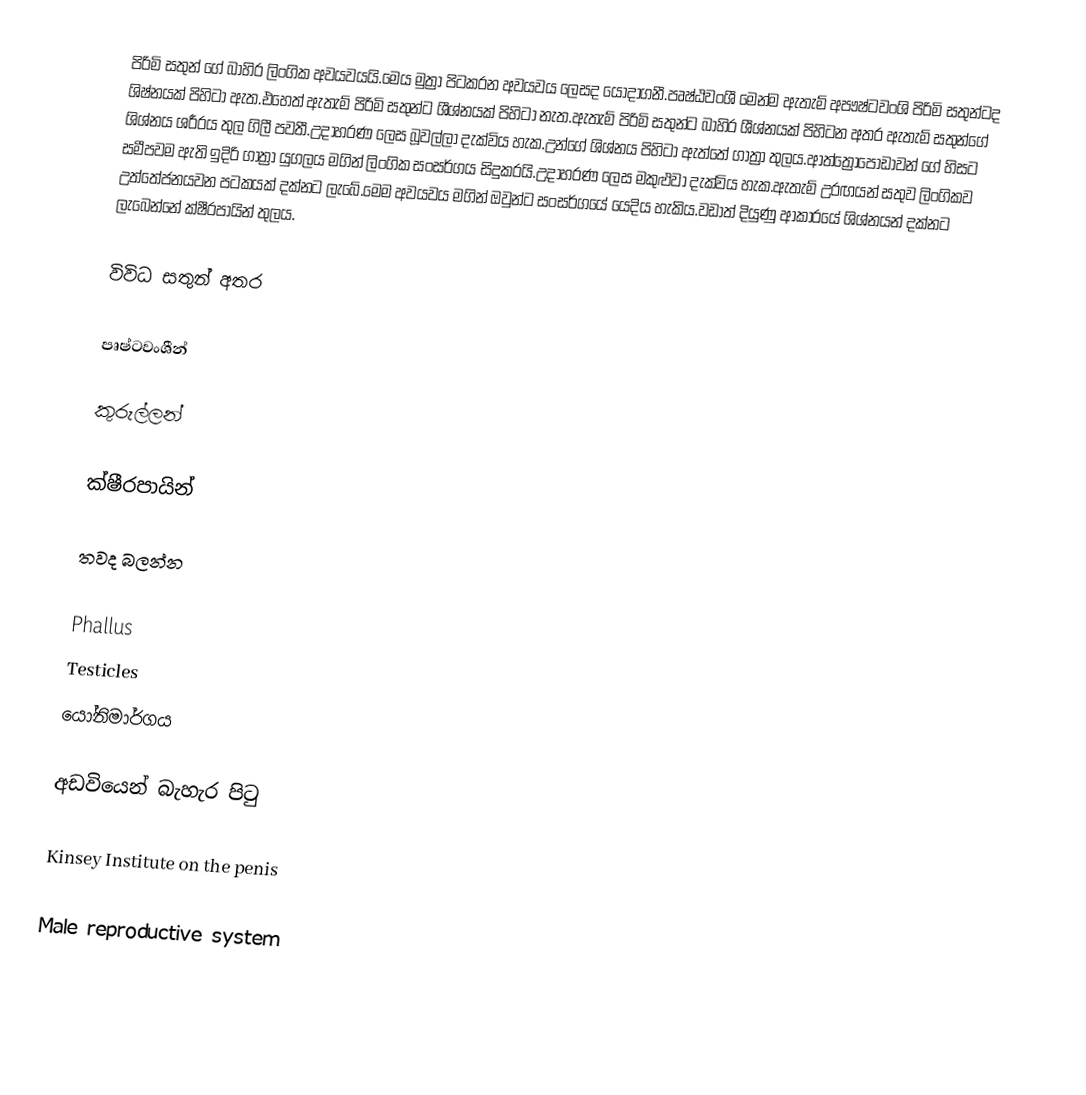
පිරිමි සතුන් ගේ බාහිර ලිංගික අවයවයයි.මෙය මුත්‍රා පිටකරන අවයවය ලෙසද යොදාගනී.පෘෂ්ඨවංශී මෙන්ම ඇතැම් අපෟෂ්ටවංශි පිරිමි සතුන්ටද ශිෂ්නයක් පිහිටා ඇත.එහෙත් ඇතැම් පිරිමි සතුන්ට ශීශ්නයක් පිහිටා නැත.ඇතැම් පිරිමි සතුන්ට බාහිර ශීශ්නයක් පිහිටන අතර ඇතැම් සතුන්ගේ ශිශ්නය ශරීරය තුල ගිලී පවතී.උදාහරණ ලෙස බූවල්ලා දැක්විය හැක.උන්ගේ ශිශ්නය පිහිටා ඇත්තේ ගාත්‍රා තුලය.ආත්ත්‍රොපෝඩාවන් ගේ හිසට සමීපවම ඇති ඉදිරි ගාත්‍රා යුගලය මගින් ලිංගික සංසර්ගය සිදුකරයි.උදාහරණ ලෙස මකුළුවා දැක්විය හැක.ඇතැම් උරඟයන් සතුව ලිංගිකව උත්තේජනයවන පටකයක් දක්නට ලැබේ.මෙම අවයවය මගින් ඔවුන්ට සංසර්ගයේ යෙදිය හැකිය.වඩාත් දියුණු ආකාරයේ ශිශ්නයන් දක්නට ලැබෙන්නේ ක්ෂීරපායින් තුලය.

විවිධ සතුන් අතර

පෘෂ්ටවංශීන්

කුරුල්ලන්

ක්ෂීරපායින්

තවද බලන්න​

 Phallus
 Testicles
 යෝනිමාර්ගය

අඩවියෙන් බැහැර පිටු

 Kinsey Institute on the penis

Male reproductive system